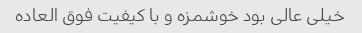
خیلی عالی بود خوشمزه و با کیفیت فوق العاده